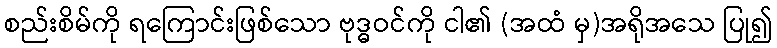
စည်းစိမ်ကို ရကြောင်းဖြစ်သော ဗုဒ္ဓဝင်ကို ငါ၏ (အထံ မှ)အရိုအသေ ပြု၍